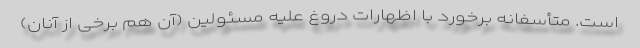
است. متأسفانه برخورد با اظهارات دروغ علیه مسئولین (آن هم برخی از آنان)